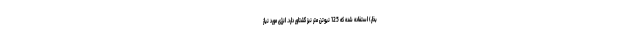
بخار) استفاده شده که 125 نیوتن متر نیز گشتاور دارد. انرژی مورد نیاز